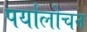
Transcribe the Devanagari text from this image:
पर्यांलोचन